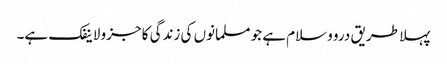
پہلا طریق درو وسلام ہے جو مسلمانوں کی زندگی کا جزو لاینفک ہے۔